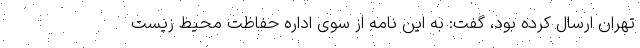
تهران ارسال کرده بود، گفت: به این نامه از سوی اداره حفاظت محیط زیست